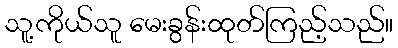
သူ့ကိုယ်သူ မေးခွန်းထုတ်ကြည့်သည်။